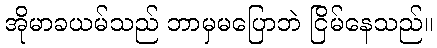
အိုမာခယမ်သည် ဘာမှမပြောဘဲ ငြိမ်နေသည်။